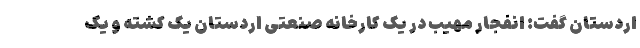
اردستان گفت: انفجار مهیب در یک کارخانه صنعتی اردستان یک کشته و یک